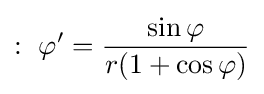
:\ \varphi '={\frac {\sin \varphi }{r(1+\cos \varphi )}}